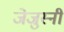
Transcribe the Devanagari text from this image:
जेजुस्नी